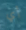
أي